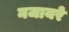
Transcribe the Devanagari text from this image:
नजायरे